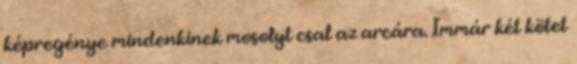
képregénye mindenkinek mosolyt csal az arcára. Immár két kötet